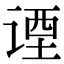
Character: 𬤇